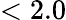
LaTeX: <2.0